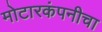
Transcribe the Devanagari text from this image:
मोटारकंपनीचा